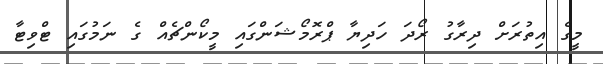
މީގެ އިތުރަށް ދިރާގު ރޯދަ ހަދިޔާ ޕްރޮމޯޝަންގައި މީކޯންޗެއް ގެ ނަމުގައި ޓްވިޓާ